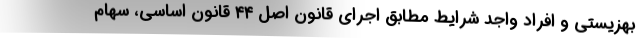
بهزیستی و افراد واجد شرایط مطابق اجرای قانون اصل ۴۴ قانون اساسی، سهام